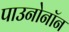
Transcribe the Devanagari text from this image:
पाउनोनॉन